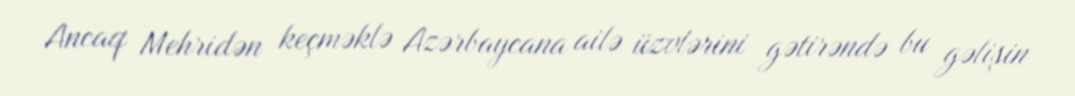
Ancaq Mehridən keçməklə Azərbaycana ailə üzvlərini gətirəndə bu gəlişin